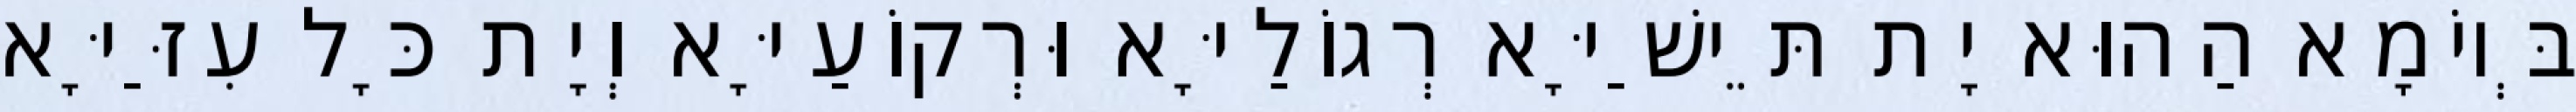
בְּיוֹמָא הַהוּא יָת תֵּישַׁיָּא רְגוֹלַיָּא וּרְקוֹעַיָּא וְיָת כָּל עִזַּיָּא